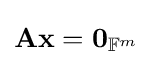
\mathbf {Ax} =\mathbf {0} _{\mathbb {F} ^{m}}